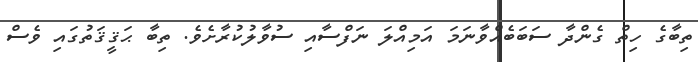
ތިބާގެ ހިތް ގެންދާ ސަބަބެއްވާނަމަ އަމިއްލަ ނަފްސާއި ސުވާލުކުރާށެވެ. ތިބާ ޙަޤީޤަތުގައި ވެސް